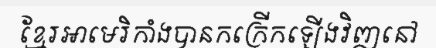
ខ្មែរអាមេរិកាំងបានកក្រើកឡើងវិញនៅ